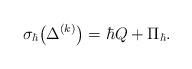
LaTeX: \begin{align*} \sigma_\hbar \big( \Delta^{(k)}\big)=\hbar Q+\Pi_\hbar.\end{align*}